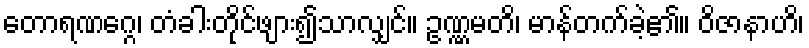
တောရဏဂ္ဂေ၊ တံခါးတိုင်ဖျား၍သာလျှင်။ ဥဏ္ဏမတိ၊ မာန်တက်ခဲ့၏။ ဝိဇာနာဟိ၊